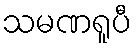
သမဏရူပီ